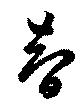
智